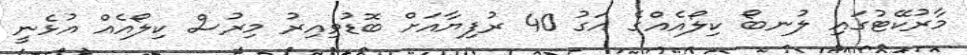
މާރުކޭޓުގައި ލުނބޯ ކިލޯއެއްގެ އަގު 40 ރުފިޔާއަށް ބޮޑުވިއިރު މިރުސް ކިލޯއެއް އުޅެނީ